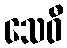
သေဝီ